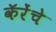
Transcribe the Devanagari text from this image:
कॅरेंचे